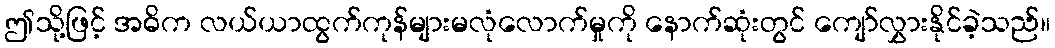
ဤသို့ဖြင့် အဓိက လယ်ယာထွက်ကုန်များမလုံလောက်မှုကို နောက်ဆုံးတွင် ကျော်လွှားနိုင်ခဲ့သည်။